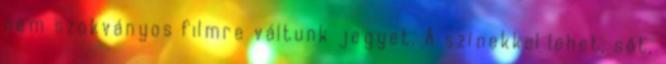
nem szokványos filmre váltunk jegyet. A színekkel lehet, sőt,